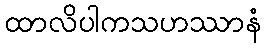
ထာလိပါကသဟဿာနံ